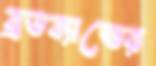
ব্রডব্যান্ডের